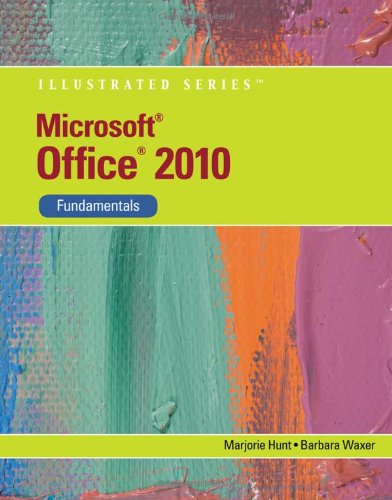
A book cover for Microsoft Office 2010: Illustrated Fundamentals (Available Titles Skills Assessment Manager (SAM) - Office 2010); Barbara M. Waxer; Computers & Technology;